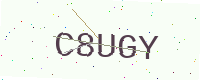
Text: C8UGY